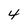
Character: 4